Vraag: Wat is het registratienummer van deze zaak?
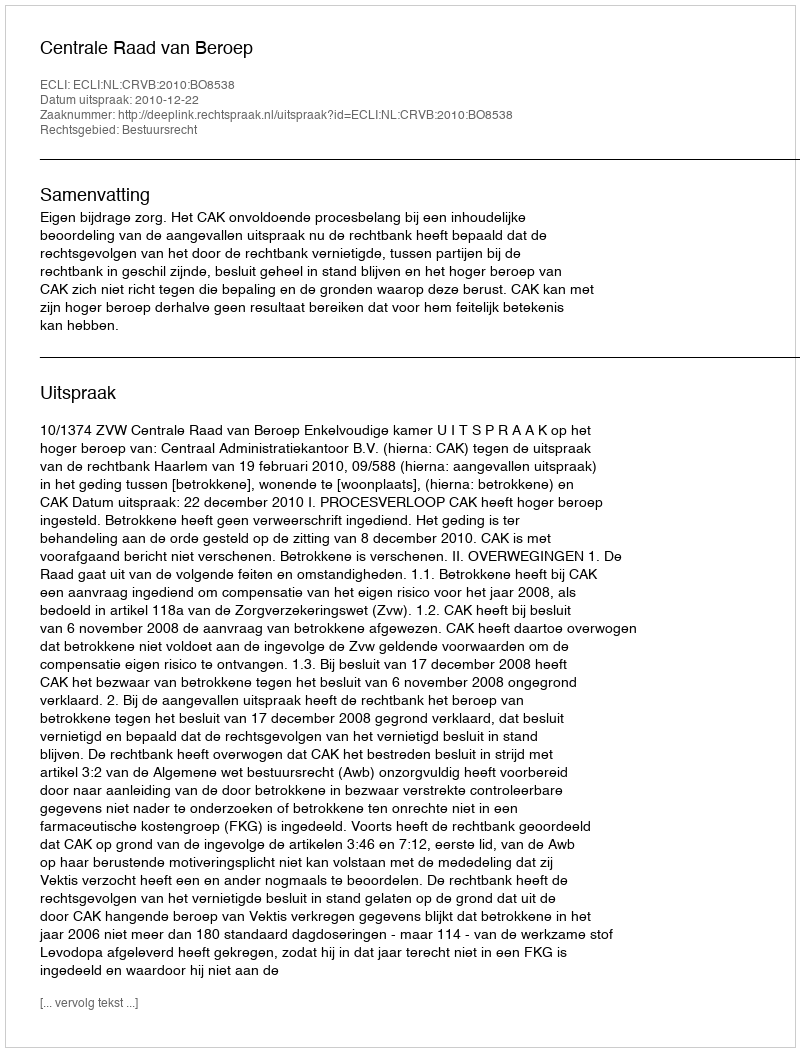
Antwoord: http://deeplink.rechtspraak.nl/uitspraak?id=ECLI:NL:CRVB:2010:BO8538